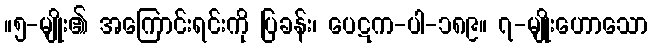
။၅-မျိုး၏ အကြောင်းရင်းကို ပြခန်း၊ ပေဋက-ပါ-၁၈၉။ ၇-မျိုးဟောသော